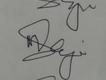
Signature authenticity: genuine